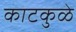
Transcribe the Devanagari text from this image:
काटकुळे